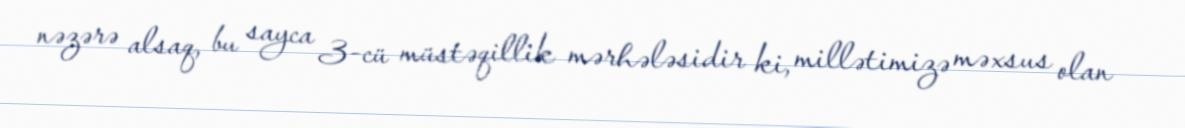
nəzərə alsaq, bu sayca 3-cü müstəqillik mərhələsidir ki, millətimizə məxsus olan